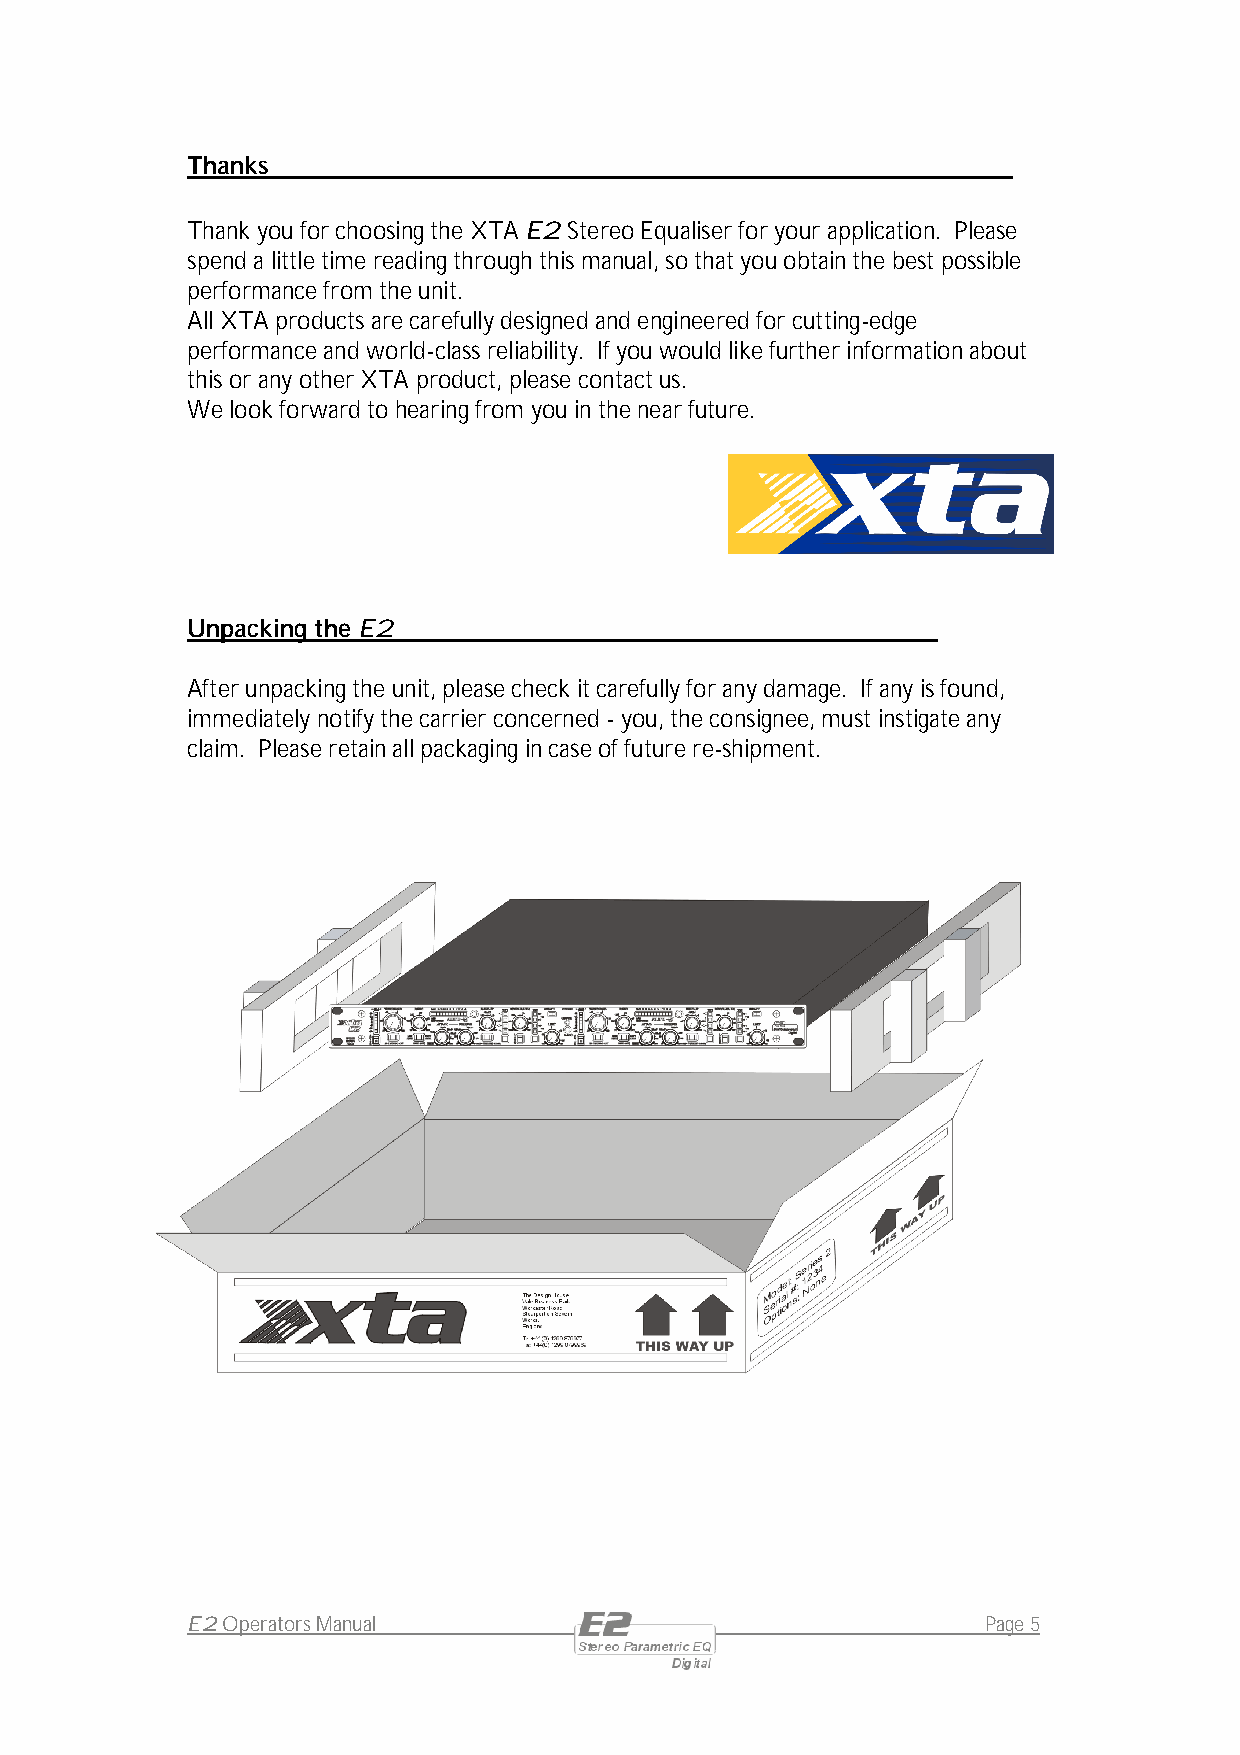
Thanks
 Thank you for choosing the XTA E2 Stereo Equaliser for your application. Please
 spend a little time reading through this manual, so that you obtain the best possible
 performance from the unit.
 All XTA products are carefully designed and engineered for cutting-edge
 performance and world-class reliability. If you would like further information about
 this or any other XTA product, please contact us.
 We look forward to hearing from you in the near future.
 Unpacking the E2
 After unpacking the unit, please check it carefully for any damage. If any is found,
 immediately notify the carrier concerned - you, the consignee, must instigate any
 claim. Please retain all packaging in case of future re-shipment.
 E2 Operators Manual                                  Page 5